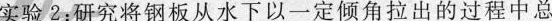
实验2：研究将钢板从水下以一定倾角拉出的过程中总